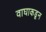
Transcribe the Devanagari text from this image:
वाघाकडून